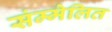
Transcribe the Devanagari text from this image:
संम्मेलित